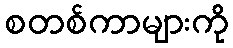
စတစ်ကာများကို